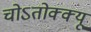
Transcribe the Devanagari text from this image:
चोऽतोक्क्यू